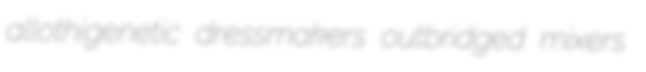
allothigenetic dressmakers outbridged mixers